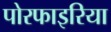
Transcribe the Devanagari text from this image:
पोरफाइरिया